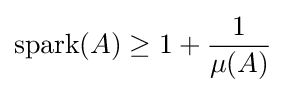
\mathrm {spark} (A)\geq 1+{\frac {1}{\mu (A)}}